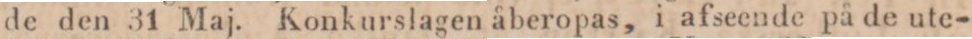
de den 31 Maj. Konkurslagen åberopas, i afseende på de ute-